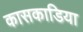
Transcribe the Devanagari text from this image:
कासकाडिया